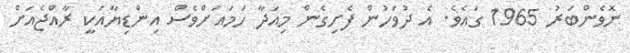
ނޮވެންބަރު 1965 ގައެވެ. އެ ދުވަހުން ފެށިގެން މިއަދާ ހަމައަށްވެސް އިންޑިޔާއަކީ ރާއްޖެއަށް